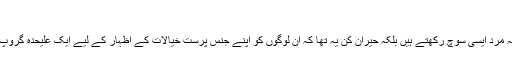
‘
مریم ندیم کے مطابق یہ انکشاف ان کے لیے حیران کن نہیں تھا کہ مرد ایسی سوچ رکھتے ہیں بلکہ حیران کن یہ تھا کہ ان لوگوں کو اپنے جنس پرست خیالات کے اظہار کے لیے ایک علیحدہ گروپ بنانا پڑا جس میں وہ بلا جھجک اپنی سوچ کا پرچار کرتے رہے۔